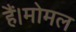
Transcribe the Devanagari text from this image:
हैं।मोमल